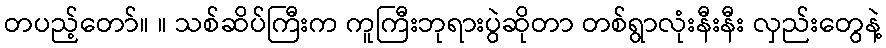
တပည့်တော်။ ။ သစ်ဆိပ်ကြီးက ကူကြီးဘုရားပွဲဆိုတာ တစ်ရွာလုံးနီးနီး လှည်းတွေနဲ့